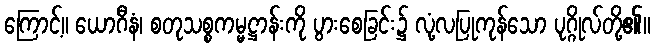
ကြောင့်။ ယောဂီနံ၊ စတုသစ္စကမ္မဋ္ဌာန်းကို ပွားစေခြင်း၌ လုံ့လပြုကုန်သော ပုဂ္ဂိုလ်တို့၏။